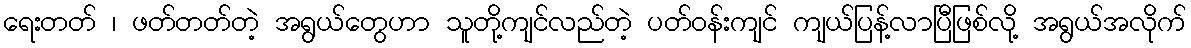
ရေးတတ် ၊ ဖတ်တတ်တဲ့ အရွယ်တွေဟာ သူတို့ကျင်လည်တဲ့ ပတ်ဝန်းကျင် ကျယ်ပြန့်လာပြီဖြစ်လို့ အရွယ်အလိုက်